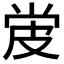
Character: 𬐓